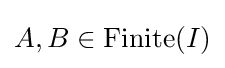
A,B\in \operatorname {Finite} (I)